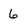
Character: 6